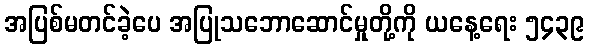
အပြစ်မတင်ခဲ့ပေ အပြုသဘောဆောင်မှုတို့ကို ယနေ့ရေး ၅၄၃၉